Annual report on the Civil Veterinary Department, Burma (including the Insein Veterinary School) - 1932-1941
Year: 1932
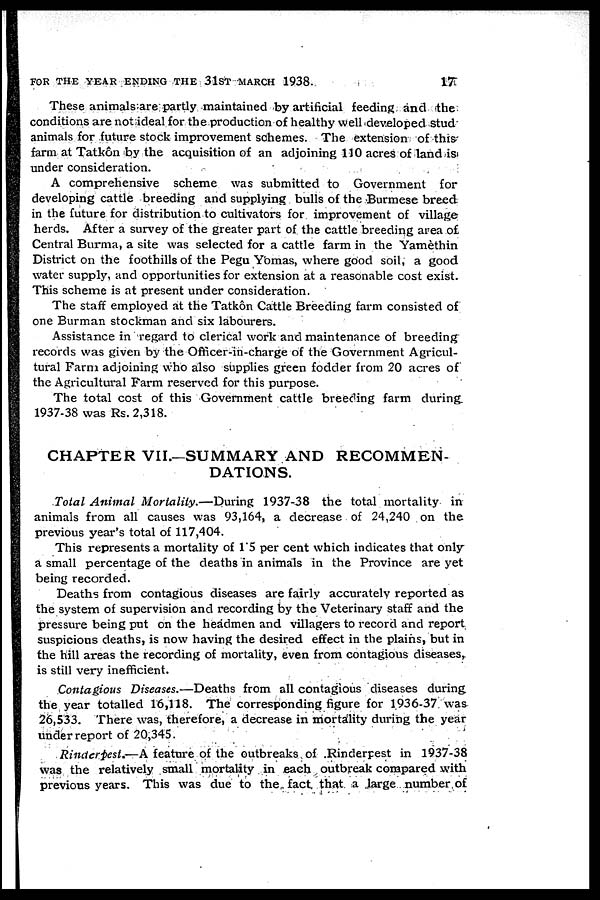
FOR THE YEAR ENDING THE 31ST MARCH 1938.
17
These animals are partly maintained by artificial feeding and the
conditions are not ideal for the production of healthy well developed stud
animals for future stock improvement schemes. The extension of this
farm at Tatkôn by the acquisition of an adjoining 110 acres of land is
under consideration.
A comprehensive scheme was submitted to Government for
developing cattle breeding and supplying bulls of the Burmese breed
in the future for distribution to cultivators for improvement of village
herds. After a survey of the greater part of the cattle breeding area of
Central Burma, a site was selected for a cattle farm in the Yamèthin
District on the foothills of the Pegu Yomas, where good soil, a good
water supply, and opportunities for extension at a reasonable cost exist.
This scheme is at present under consideration.
The staff employed at the Tatkôn Cattle Breeding farm consisted of
one Burman stockman and six labourers.
Assistance in regard to clerical work and maintenance of breeding
records was given by the Officer-in-charge of the Government Agricul-
tural Farm adjoining who also supplies green fodder from 20 acres of
the Agricultural Farm reserved for this purpose.
The total cost of this Government cattle breeding farm during
1937-38 was Rs. 2,318.
CHAPTER VII.—SUMMARY AND RECOMMEN-
DATIONS.
Total Animal Mortality.—During 1937-38 the total mortality in
animals from all causes was 93,164, a decrease of 24,240 on the
previous year's total of 117,404.
This represents a mortality of 1.5 per cent which indicates that only
a small percentage of the deaths in animals in the Province are yet
being recorded.
Deaths from contagious diseases are fairly accurately reported as
the system of supervision and recording by the Veterinary staff and the
pressure being put on the headmen and villagers to record and report
suspicious deaths, is now having the desired effect in the plains, but in
the hill areas the recording of mortality, even from contagious diseases,
is still very inefficient.
Contagious Diseases.—Deaths from all contagious diseases during
the year totalled 16,118. The corresponding figure for 1936-37 was
26,533. There was, therefore, a decrease in mortality during the year
under report of 20,345.
Rinderpest.—A feature of the outbreaks of Rinderpest in 1937-38
was the relatively small mortality in each outbreak compared with
previous years. This was due to the fact that a large number of